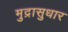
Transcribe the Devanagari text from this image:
मुद्रासुधार